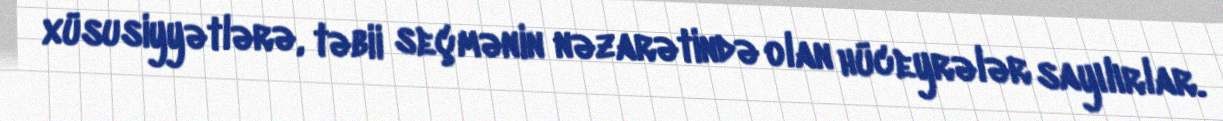
xüsusiyyətlərə, təbii seçmənin nəzarətində olan hüceyrələr sayılırlar.